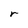
Character: r